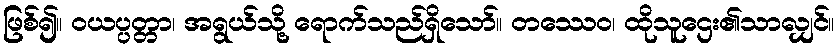
ဖြစ်၍။ ဝယပ္ပတ္တာ၊ အရွယ်သို့ ရောက်သည်ရှိသော်။ တဿေဝ၊ ထိုသူဌေး၏သာလျှင်။